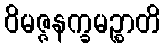
ဝိမဇ္ဇနက္ခမဉ္စာတိ